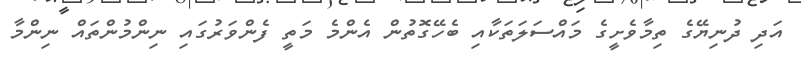
އަދި ދުނިޔޭގެ ތިމާވެށީގެ މައްސަލަތަކާއި ބެހޭގޮތުން އެންމެ މަތީ ފެންވަރުގައި ނިންމުންތައް ނިންމާ